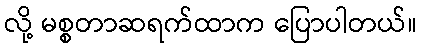
လို့ မစ္စတာဆရက်ထာက ပြောပါတယ်။